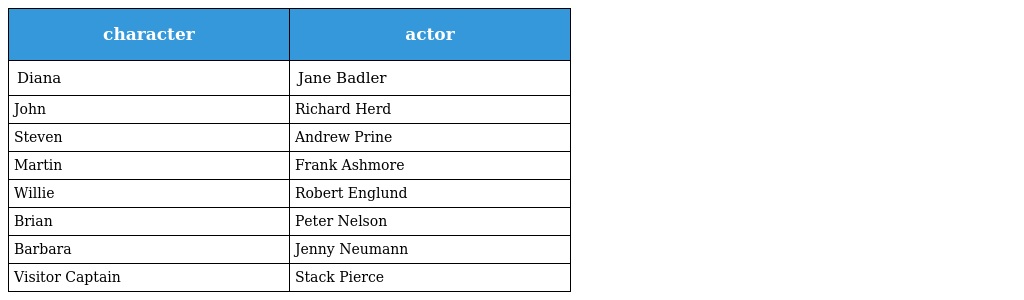
| character | actor |
 | --- | --- |
 | Diana | Jane Badler |
 | John | Richard Herd |
 | Steven | Andrew Prine |
 | Martin | Frank Ashmore |
 | Willie | Robert Englund |
 | Brian | Peter Nelson |
 | Barbara | Jenny Neumann |
 | Visitor Captain | Stack Pierce |